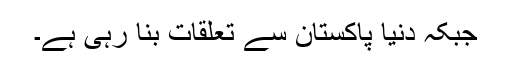
جبکہ دنیا پاکستان سے تعلقات بنا رہی ہے۔